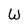
Character: W